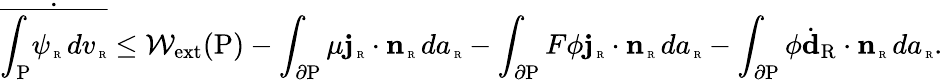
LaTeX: \dot{\overline{{\int_{\mathrm{P}}\! \psi_{\mathrm{\tiny~R}}\, dv_{\mathrm{\tiny~R}}}}}\le\mathcal{W}_{\mathrm{ext}}(\mathrm{P})-\int_{\partial\mathrm{P}}\mu{\mathbf j}_{\mathrm{\tiny~R}}\cdot{\mathbf n}_{\mathrm{\tiny~R}}\, da_{\mathrm{\tiny~R}}-\int_{\partial\mathrm{P}}F\phi{\mathbf j}_{\mathrm{\tiny~R}}\cdot{\mathbf n}_{\mathrm{\tiny~R}}\, da_{\mathrm{\tiny~R}}-\int_{\partial\mathrm{P}}\phi\dot{\textbf{d}}_{\mathrm{R}}\cdot{\mathbf n}_{\mathrm{\tiny~R}}\, da_{\mathrm{\tiny~R}}.